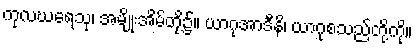
ကုလဃရေသု၊ အမျိုးအိမ်တို့၌။ ယာဂုအာဒီနိ၊ ယာဂုစသည်တို့ကို။